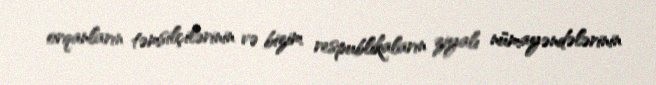
orqanların təmsilçilərinin və bizim respublikaların ziyalı nümayəndələrinin